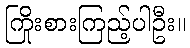
ကြိုးစားကြည့်ပါဦး။